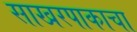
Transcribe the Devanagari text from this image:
साखरपाकाचा